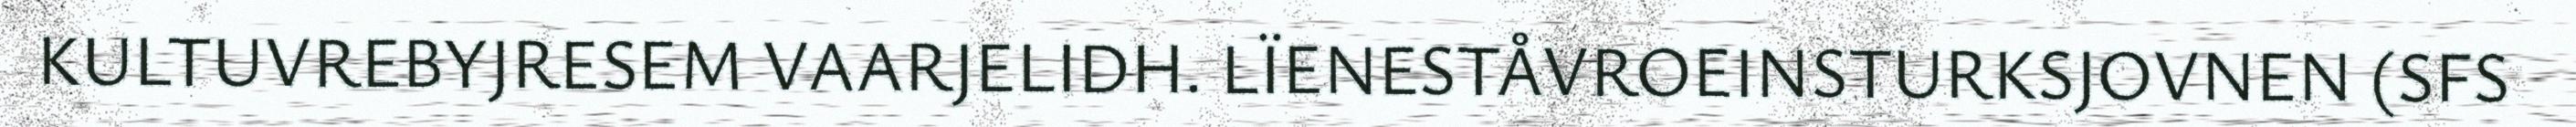
KULTUVREBYJRESEM VAARJELIDH. LÏENESTÅVROEINSTURKSJOVNEN (SFS